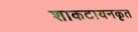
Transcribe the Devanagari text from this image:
शाकटायनकृत